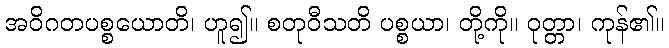
အဝိဂတပစ္စယောတိ၊ ဟူ၍။ စတုဝီသတိ ပစ္စယာ၊ တို့ကို။ ဝုတ္တာ၊ ကုန်၏။